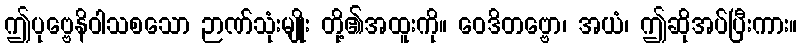
ဤပုဗ္ဗေနိဝါသစသော ဉာဏ်သုံးမျိုး တို့၏အထူးကို။ ဝေဒိတဗ္ဗော၊ အယံ၊ ဤဆိုအပ်ပြီးကား။